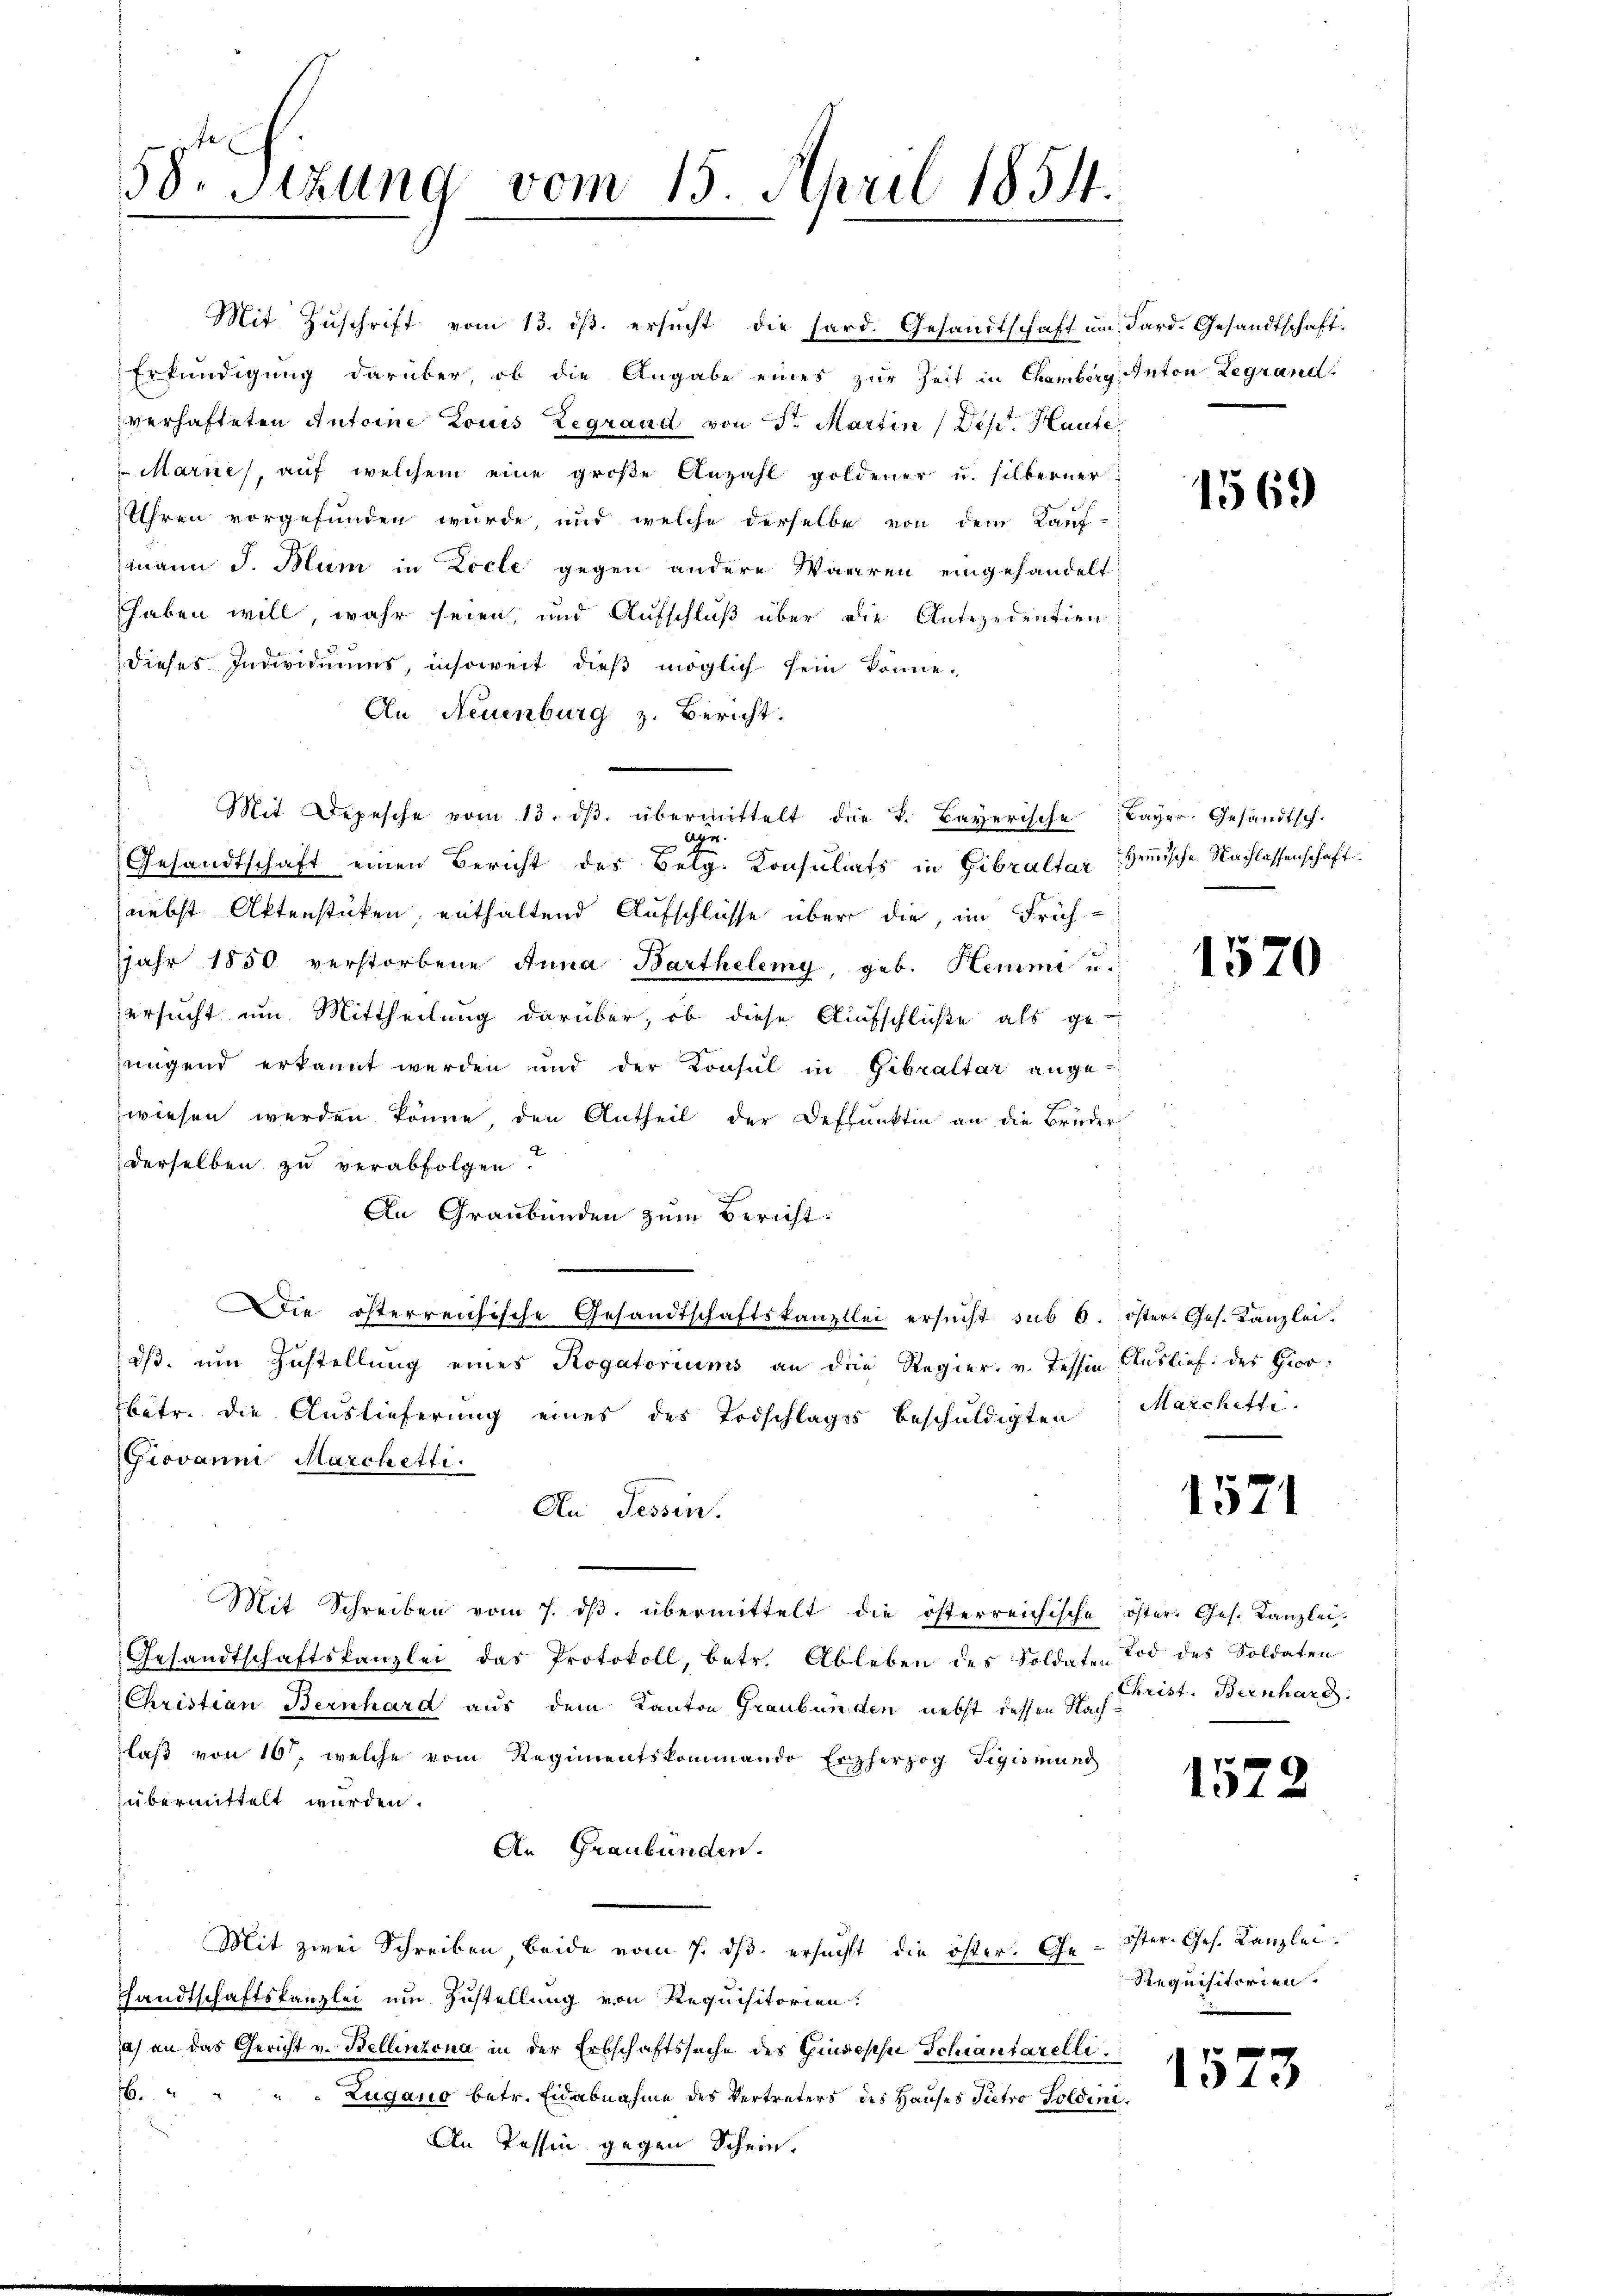
58. Sizung vom 15. April 1854.

Mit Zŭschrift vom 13. dβ. ersucht die sard. Gesandtschaft um Sard. Gesandtschaft.
Erkundigung darüber, ob die Angabe eines zur Zeit in Chamberg: Anton Legrand
verhafteten Antoine Louis Legrand von Sr. Martin (Dept. Haute
Marne, auf welchem eine große Anzahl goldener u. silberner
Uhren vorgefunden wurde, und welche derselbe von dem Kauf-
mann J. Blum in Locle gegen andere Waaren eingehandelt
haben will, wahr seien, und Aufschluß über die Antezedentien
dieses Individuums, insoweit dieß möglich sein könne.
An Neuenburg z. Bericht.
Mit Depesche vom 13. dβ. übermittelt die k. Bayerische Bayer. Gesandtsch.

Gesandtschaft einen Bericht des Belg. Konsulats in Gibraltar Grunische Nachlassenschaft.
nebst Aktenstücken, enthaltend Aufschlüsse über die, im Früh-
Jjahr 1850 verstorbene Anna Barthelemy, geb. Hemmi u.
ersucht um Mittheilung darüber, ob diese Aufschlüße als ge-
jungend erkannt werden und der Konsul in Gibraltar angewiesen werden könne, den Antheil der Deffunkten an die Brüder
derselben zu verabfolgen.
An Graubünden zum Bericht.
Die österreichische Gesandtschaftskanzlei ersŭcht sub 6. öster Ges. Kanzlei.
dß. um Zustellung eines Rogatoriums an die Regier. v. Tessin Auslief. des Giov
bätr. die Auslieferung eines des Todschlages beschuldigten Marchitti.
Giovanne Marchetti.
An Tessin.
Mit Schreiben vom 7. dβ übermittelt die österreichische öster. Ges. Kanzlei-
Gesandtschaftskanzlei das Protokoll, betr. Ableben des Soldaten Tod des Soldaten
Christian Bernhard aus dem Kanton Graubünden nebst dessen Nach
laß von 10, welche vom Regimentskommando Erzherzog Teigismung
übermittelt werden.
An Graubünden.
Mit zwei Schreiben beide vom 7. dβ. ersucht die öster. Ge- öster- Ges. Kanzlei
Handtschaftskanzlei um Zustellung von Requisitorien.
a) an das Gericht v. Bellinzona in der Erbschaftssache des Giuseph Schantarelli
6
Zugano betr. Eidabnahme des Vertreters des Hauses Pietro Poldini¬
An Tessin gegen Schein.

1569

1570

1571

Christ. Bernhard.

1522

Requisitorien.

1573